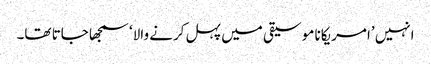
انہیں ’امریکانا موسیقی میں پہل کرنے والا‘ سمجھا جاتا تھا۔